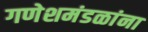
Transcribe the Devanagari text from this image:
गणेशमंडळांना